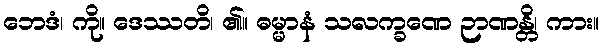
ဘေဒံ၊ ကို။ ဒေဿတိ၊ ၏။ ဓမ္မာနံ သလက္ခဏေ ဉာဏန္တိ၊ ကား။